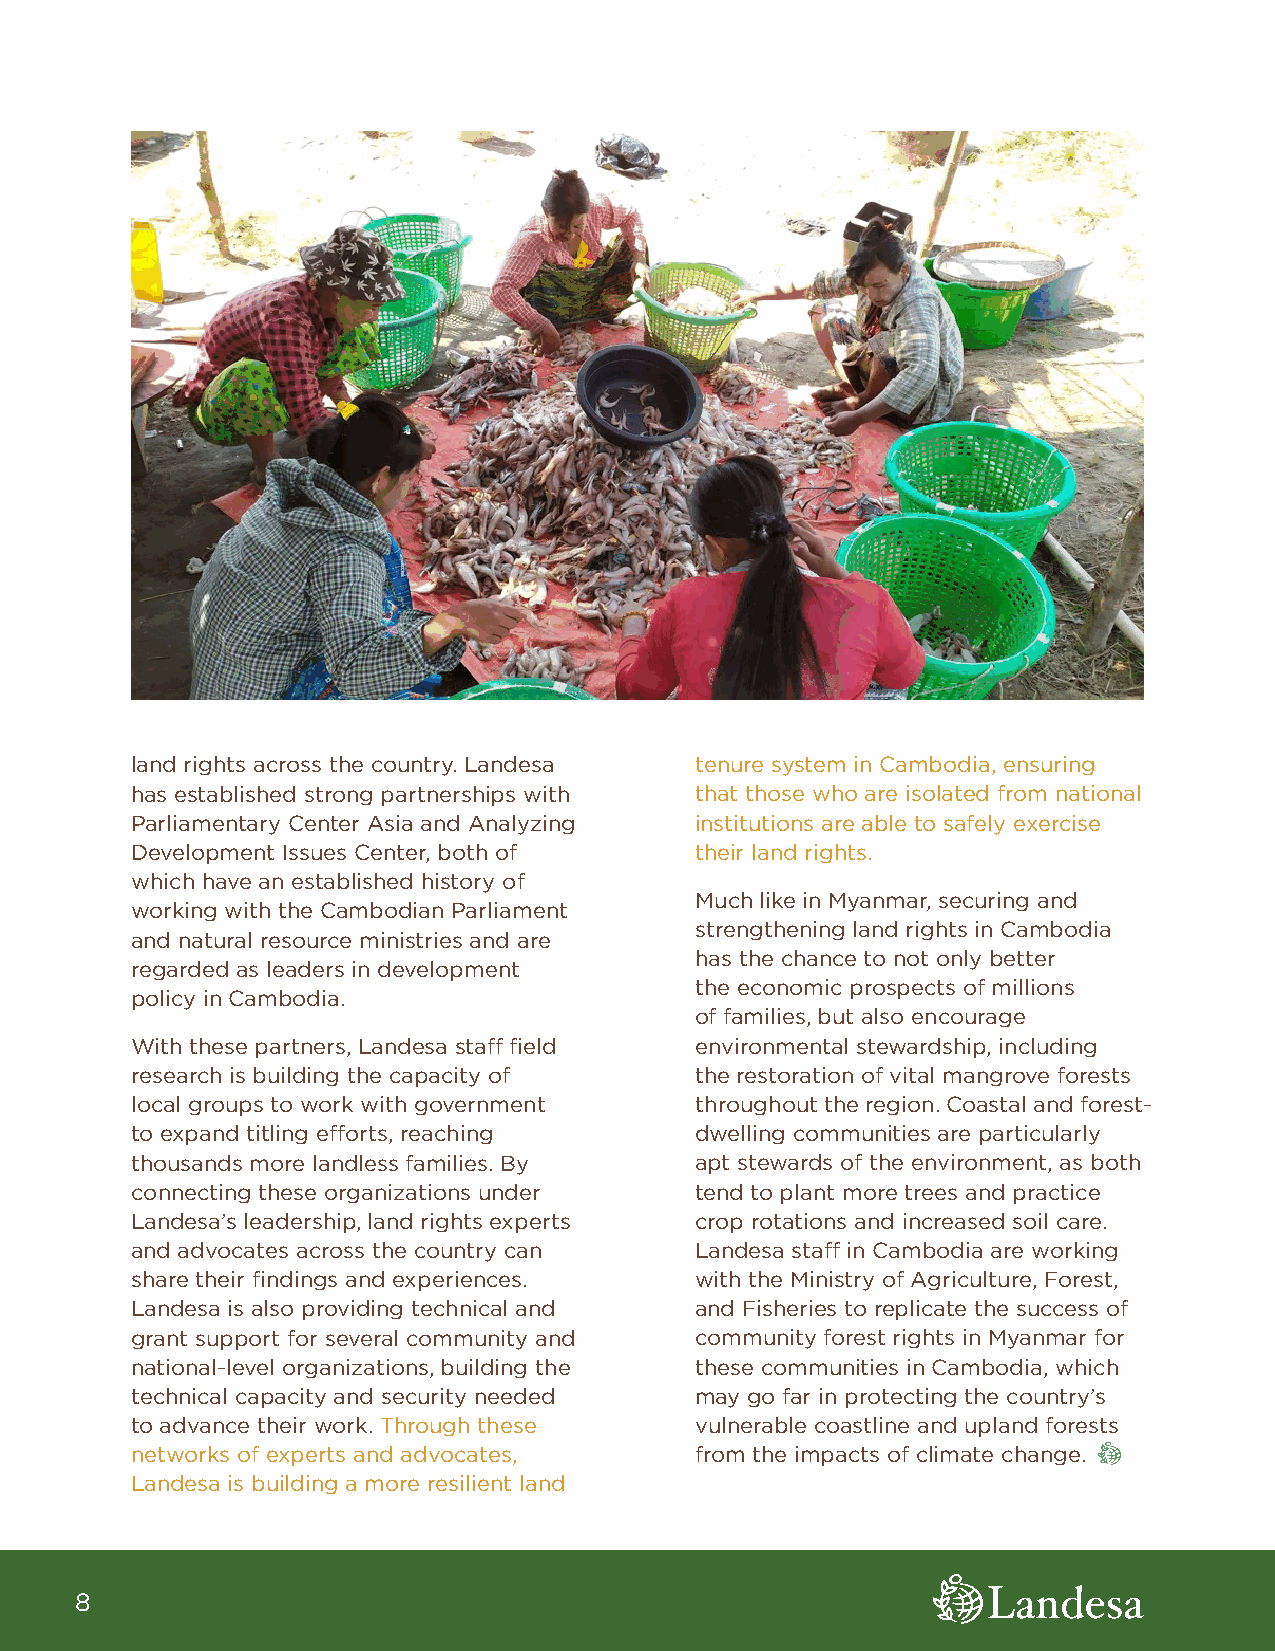
land rights across the country. Landesa tenure system in Cambodia, ensuring
 has established strong partnerships with that those who are isolated from national
 Parliamentary Center Asia and Analyzing institutions are able to safely exercise
 Development Issues Center, both of   their land rights.
 which have an established history of
 Much like in Myanmar, securing and
 working with the Cambodian Parliament
 strengthening land rights in Cambodia
 and natural resource ministries and are
 has the chance to not only better
 regarded as leaders in development
 the economic prospects of millions
 policy in Cambodia.
 of families, but also encourage
 With these partners, Landesa staff field environmental stewardship, including
 research is building the capacity of the restoration of vital mangrove forests
 local groups to work with government throughout the region. Coastal and forest-
 to expand titling efforts, reaching  dwelling communities are particularly
 thousands more landless families. By apt stewards of the environment, as both
 connecting these organizations under tend to plant more trees and practice
 Landesa’s leadership, land rights experts crop rotations and increased soil care.
 and advocates across the country can Landesa staff in Cambodia are working
 share their findings and experiences. with the Ministry of Agriculture, Forest,
 Landesa is also providing technical and and Fisheries to replicate the success of
 grant support for several community and community forest rights in Myanmar for
 national-level organizations, building the these communities in Cambodia, which
 technical capacity and security needed may go far in protecting the country’s
 to advance their work. Through these vulnerable coastline and upland forests
 networks of experts and advocates,   from the impacts of climate change.
 Landesa is building a more resilient land
 8